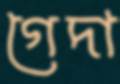
গেদা